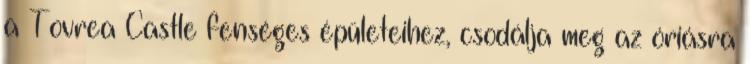
a Tovrea Castle fenséges épületeihez, csodálja meg az óriásra